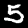
Digit: 5